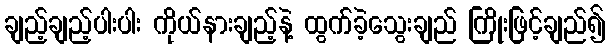
ချည့်ချည့်ပါးပါး ကိုယ်နားချည့်နဲ့ ထွက်ခဲ့သွေးချည် ကြိုးဖြင့်ချည်၍